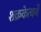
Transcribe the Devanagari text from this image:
शक्रकेत्वर्थे